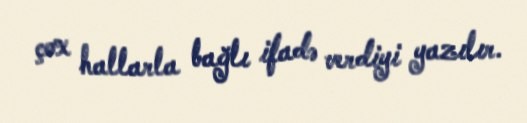
çox hallarla bağlı ifadə verdiyi yazılır.